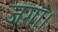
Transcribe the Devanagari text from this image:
जगा।